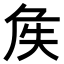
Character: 𡘓